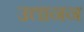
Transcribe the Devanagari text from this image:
उत्तानन